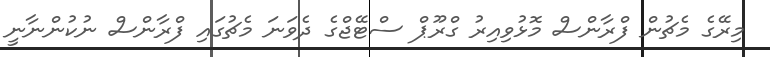
މިރޭގެ މެޗުން ފްރާންސް މޮޅުވިއިރު ގްރޫޕް ސްޓޭޖްގެ ދެވަނަ މެޗުގައި ފްރާންސް ނުކުންނާނީ